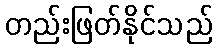
တည်းဖြတ်နိုင်သည်